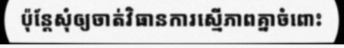
ប៉ុន្តែសុំឲ្យចាត់វិធានការស្មើភាពគ្នាចំពោះ